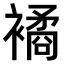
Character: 𧝃